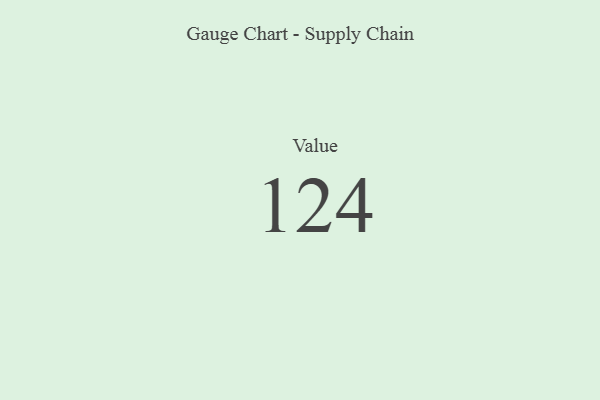
{"axis": {"x": "Metric", "y": "Value"}, "legend": [""], "data": [{"x": "Value", "y": 124, "type": ""}]}